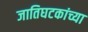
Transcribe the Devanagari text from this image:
जातिघटकांच्या